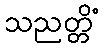
သညတ္တိံ